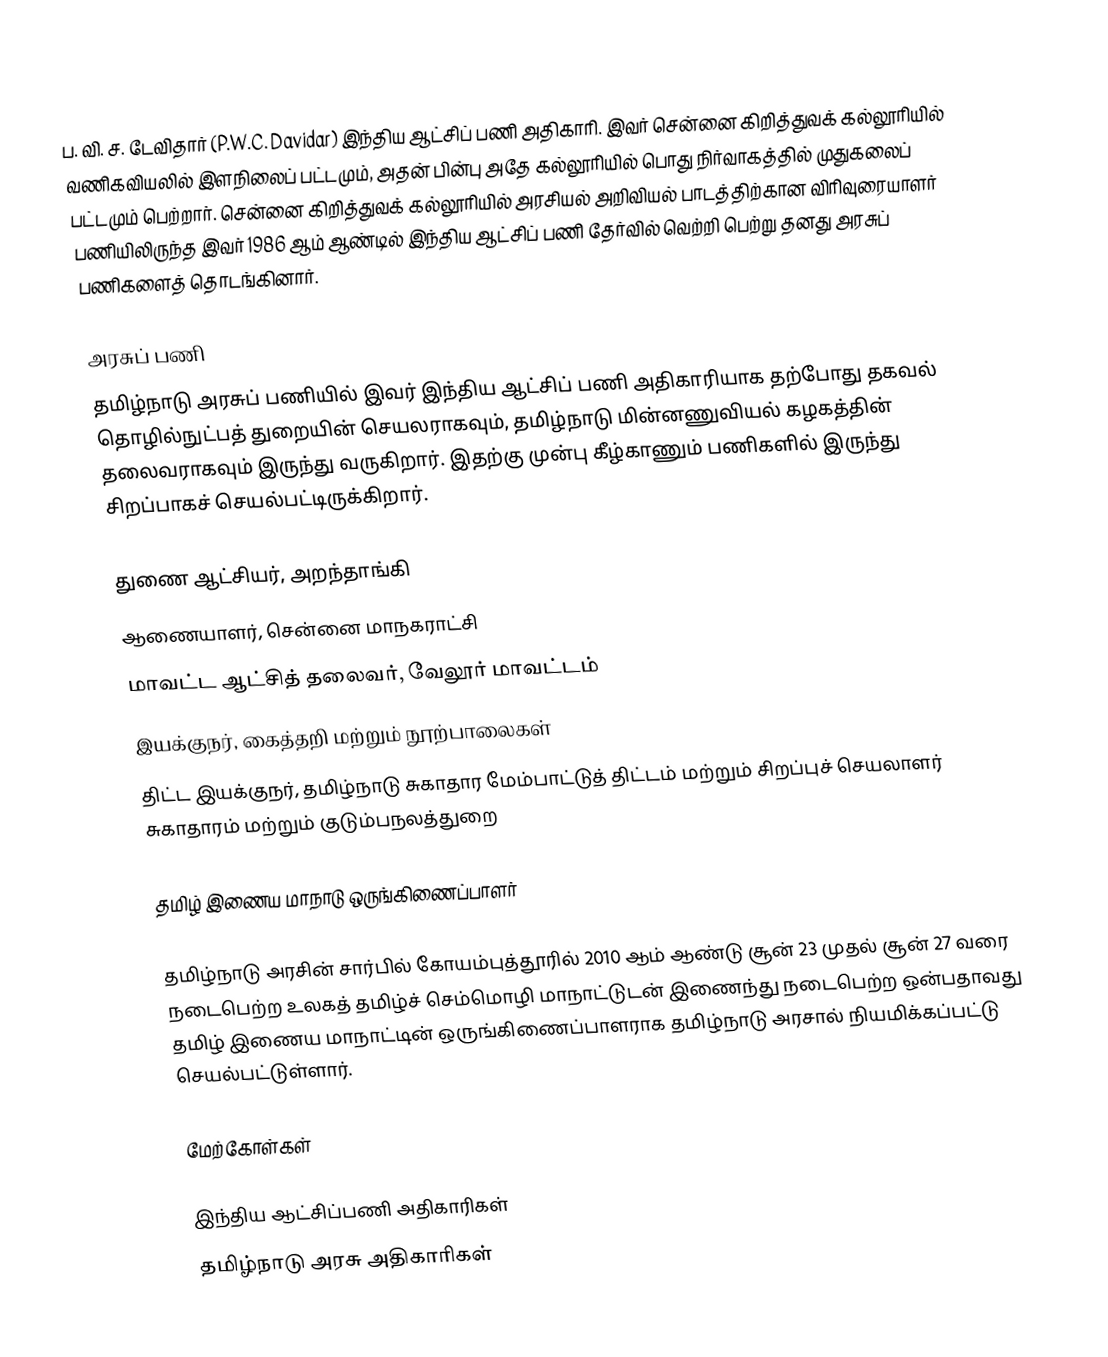
ப. வி. ச. டேவிதார் (P.W.C. Davidar) இந்திய ஆட்சிப் பணி அதிகாரி. இவர் சென்னை கிறித்துவக் கல்லூரியில் வணிகவியலில் இளநிலைப் பட்டமும், அதன் பின்பு அதே கல்லூரியில் பொது நிர்வாகத்தில் முதுகலைப் பட்டமும் பெற்றார். சென்னை கிறித்துவக் கல்லூரியில் அரசியல் அறிவியல் பாடத்திற்கான விரிவுரையாளர் பணியிலிருந்த இவர் 1986 ஆம் ஆண்டில் இந்திய ஆட்சிப் பணி தேர்வில் வெற்றி பெற்று தனது அரசுப் பணிகளைத் தொடங்கினார்.

அரசுப் பணி
தமிழ்நாடு அரசுப் பணியில் இவர் இந்திய ஆட்சிப் பணி அதிகாரியாக தற்போது தகவல் தொழில்நுட்பத் துறையின் செயலராகவும், தமிழ்நாடு மின்னணுவியல் கழகத்தின் தலைவராகவும் இருந்து வருகிறார். இதற்கு முன்பு கீழ்காணும் பணிகளில் இருந்து சிறப்பாகச் செயல்பட்டிருக்கிறார்.

 துணை ஆட்சியர், அறந்தாங்கி
 ஆணையாளர், சென்னை மாநகராட்சி
 மாவட்ட ஆட்சித் தலைவர், வேலூர் மாவட்டம்
 இயக்குநர், கைத்தறி மற்றும் நூற்பாலைகள்
 திட்ட இயக்குநர், தமிழ்நாடு சுகாதார மேம்பாட்டுத் திட்டம் மற்றும் சிறப்புச் செயலாளர் சுகாதாரம் மற்றும் குடும்பநலத்துறை

தமிழ் இணைய மாநாடு ஒருங்கிணைப்பாளர்

தமிழ்நாடு அரசின் சார்பில் கோயம்புத்தூரில் 2010 ஆம் ஆண்டு சூன் 23 முதல் சூன் 27 வரை நடைபெற்ற உலகத் தமிழ்ச் செம்மொழி மாநாட்டுடன் இணைந்து நடைபெற்ற ஒன்பதாவது தமிழ் இணைய மாநாட்டின் ஒருங்கிணைப்பாளராக தமிழ்நாடு அரசால் நியமிக்கப்பட்டு செயல்பட்டுள்ளார்.

மேற்கோள்கள்

இந்திய ஆட்சிப்பணி அதிகாரிகள்
தமிழ்நாடு அரசு அதிகாரிகள்